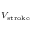
\scriptstyle V _ { \mathrm { s t r o k e } }